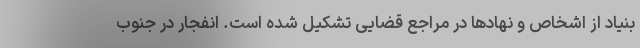
بنیاد از اشخاص و نهادها در مراجع قضایی تشکیل شده است. انفجار در جنوب